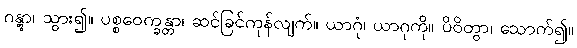
ဂန္တွာ၊ သွား၍။ ပစ္စဝေက္ခန္တာ၊ ဆင်ခြင်ကုန်လျက်။ ယာဂုံ၊ ယာဂုကို။ ပိဝိတွာ၊ သောက်၍။